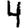
Digit: 4